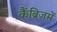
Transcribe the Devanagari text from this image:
कैंब्रिजमें